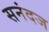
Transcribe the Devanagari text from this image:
सनंदज